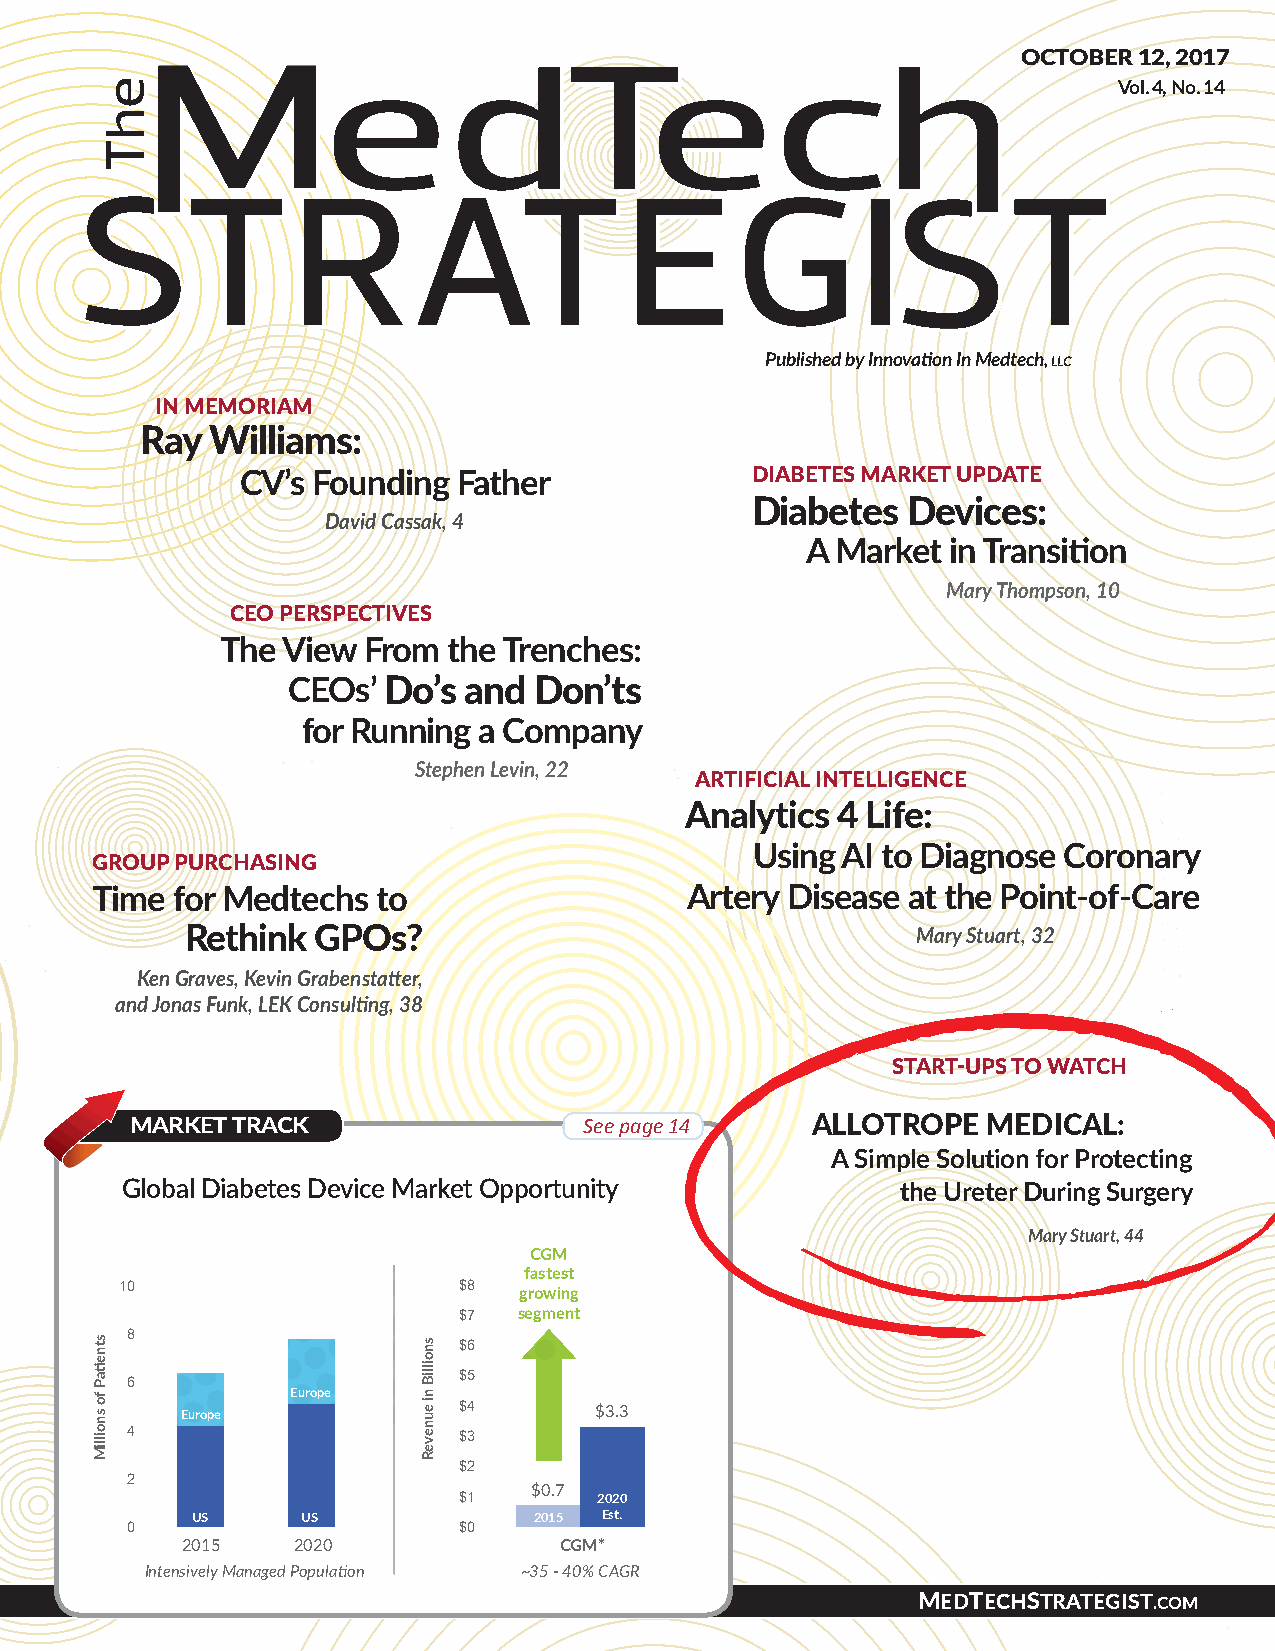
OCTOBER 12, 2017
 Vol. 4, No. 14
 Published by Innovation In Medtech, llc
 IN MEMORIAM
 Ray  Williams:
 CV’s Founding Father              DIABETES MARKET UPDATE
 Diabetes  Devices:
 David Cassak, 4
 A Market  in Transition
 Mary Thompson, 10
 CEO PERSPECTIVES
 The View From  the Trenches:
 CEOs’ Do’s  and Don’ts
 for Running a Company
 Stephen Levin, 22
 ARTIFICIAL INTELLIGENCE
 Analytics 4 Life:
 Using AI to Diagnose Coronary
 GROUP PURCHASING
 Time for Medtechs  to                  Artery Disease at the Point-of-Care
 Rethink  GPOs?                                   Mary Stuart, 32
 Ken Graves, Kevin Grabenstatter,
 and Jonas Funk, LEK Consulting, 38
 START-UPS TO WATCH
 MARKET TRACK                  See page 14    ALLOTROPE  MEDICAL:
 A Simple Solution for Protecting
 FigurGe 3lobal Diabetes Device Market Opportunity     the Ureter During Surgery
 Global Diabetes Device Market Opportunity
 Mary Stuart, 44
 CGM
 fastest
 10                    $8
 growing
 $7  segment                    $6.5
 8                                                        $5.8 $6
 $5
 6
 Europe
 Europe            $4       $3.3         $3.5
 4                     $3                $2.5
 $2
 2
 $0.7
 $1        2020        2020         2020
 US     US             2015 Est.    2015 Est.    2015 Est.
 0                     $0
 2015   2020              CGM*       Insulin Pumps SMBG
 Intensively Managed Population ~35 - 40% CAGR ~8% CAGR ~(2%) CAGR
 WWW.MEDTECHSTRATEGIST.COM
 Note: SMBG = Self Monitoring of Blood Glucose
 *Type 1 CGM penetration in the US projected to grow from 8% to 45% by 2020
 Source: Senseonics
 stnetiaP
 fo
 snoilliM
 snoilliB
 ni
 euneveR